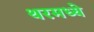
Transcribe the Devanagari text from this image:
थरमध्ये